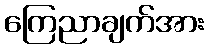
ကြေညာချက်အား